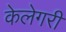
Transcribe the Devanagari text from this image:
केलेगरी